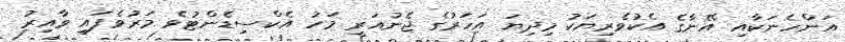
އަންހެނަކާއި އޭނާގެ އެކުވެރިޔަކު މިދިޔަ އަހަރުގެ ޖެނުއަރީ މަހު އެކްސިޑެންޓުވެ މަރުވެފައި ވާއިރު